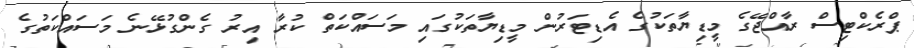
ޕްރެކްޓިސް ރާއްޖޭގެ މީޑިޔާތަކުގެ އެޑިޓަރުން މީޑިޔާތަކުގައި މަސައްކަތް ކުރާ އިރު ގެންގުޅޭނެ މަސައްކަތުގެ